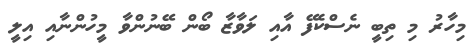
މިހާރު މި ތިބީ ނެސްކެފޭ އާއި ލަވާޒާ ބޯން ބޭނުންވާ މީހުންނާއި އިލީ